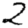
Digit: 2